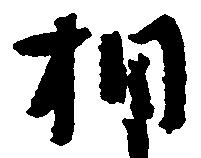
相